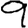
Digit: 9